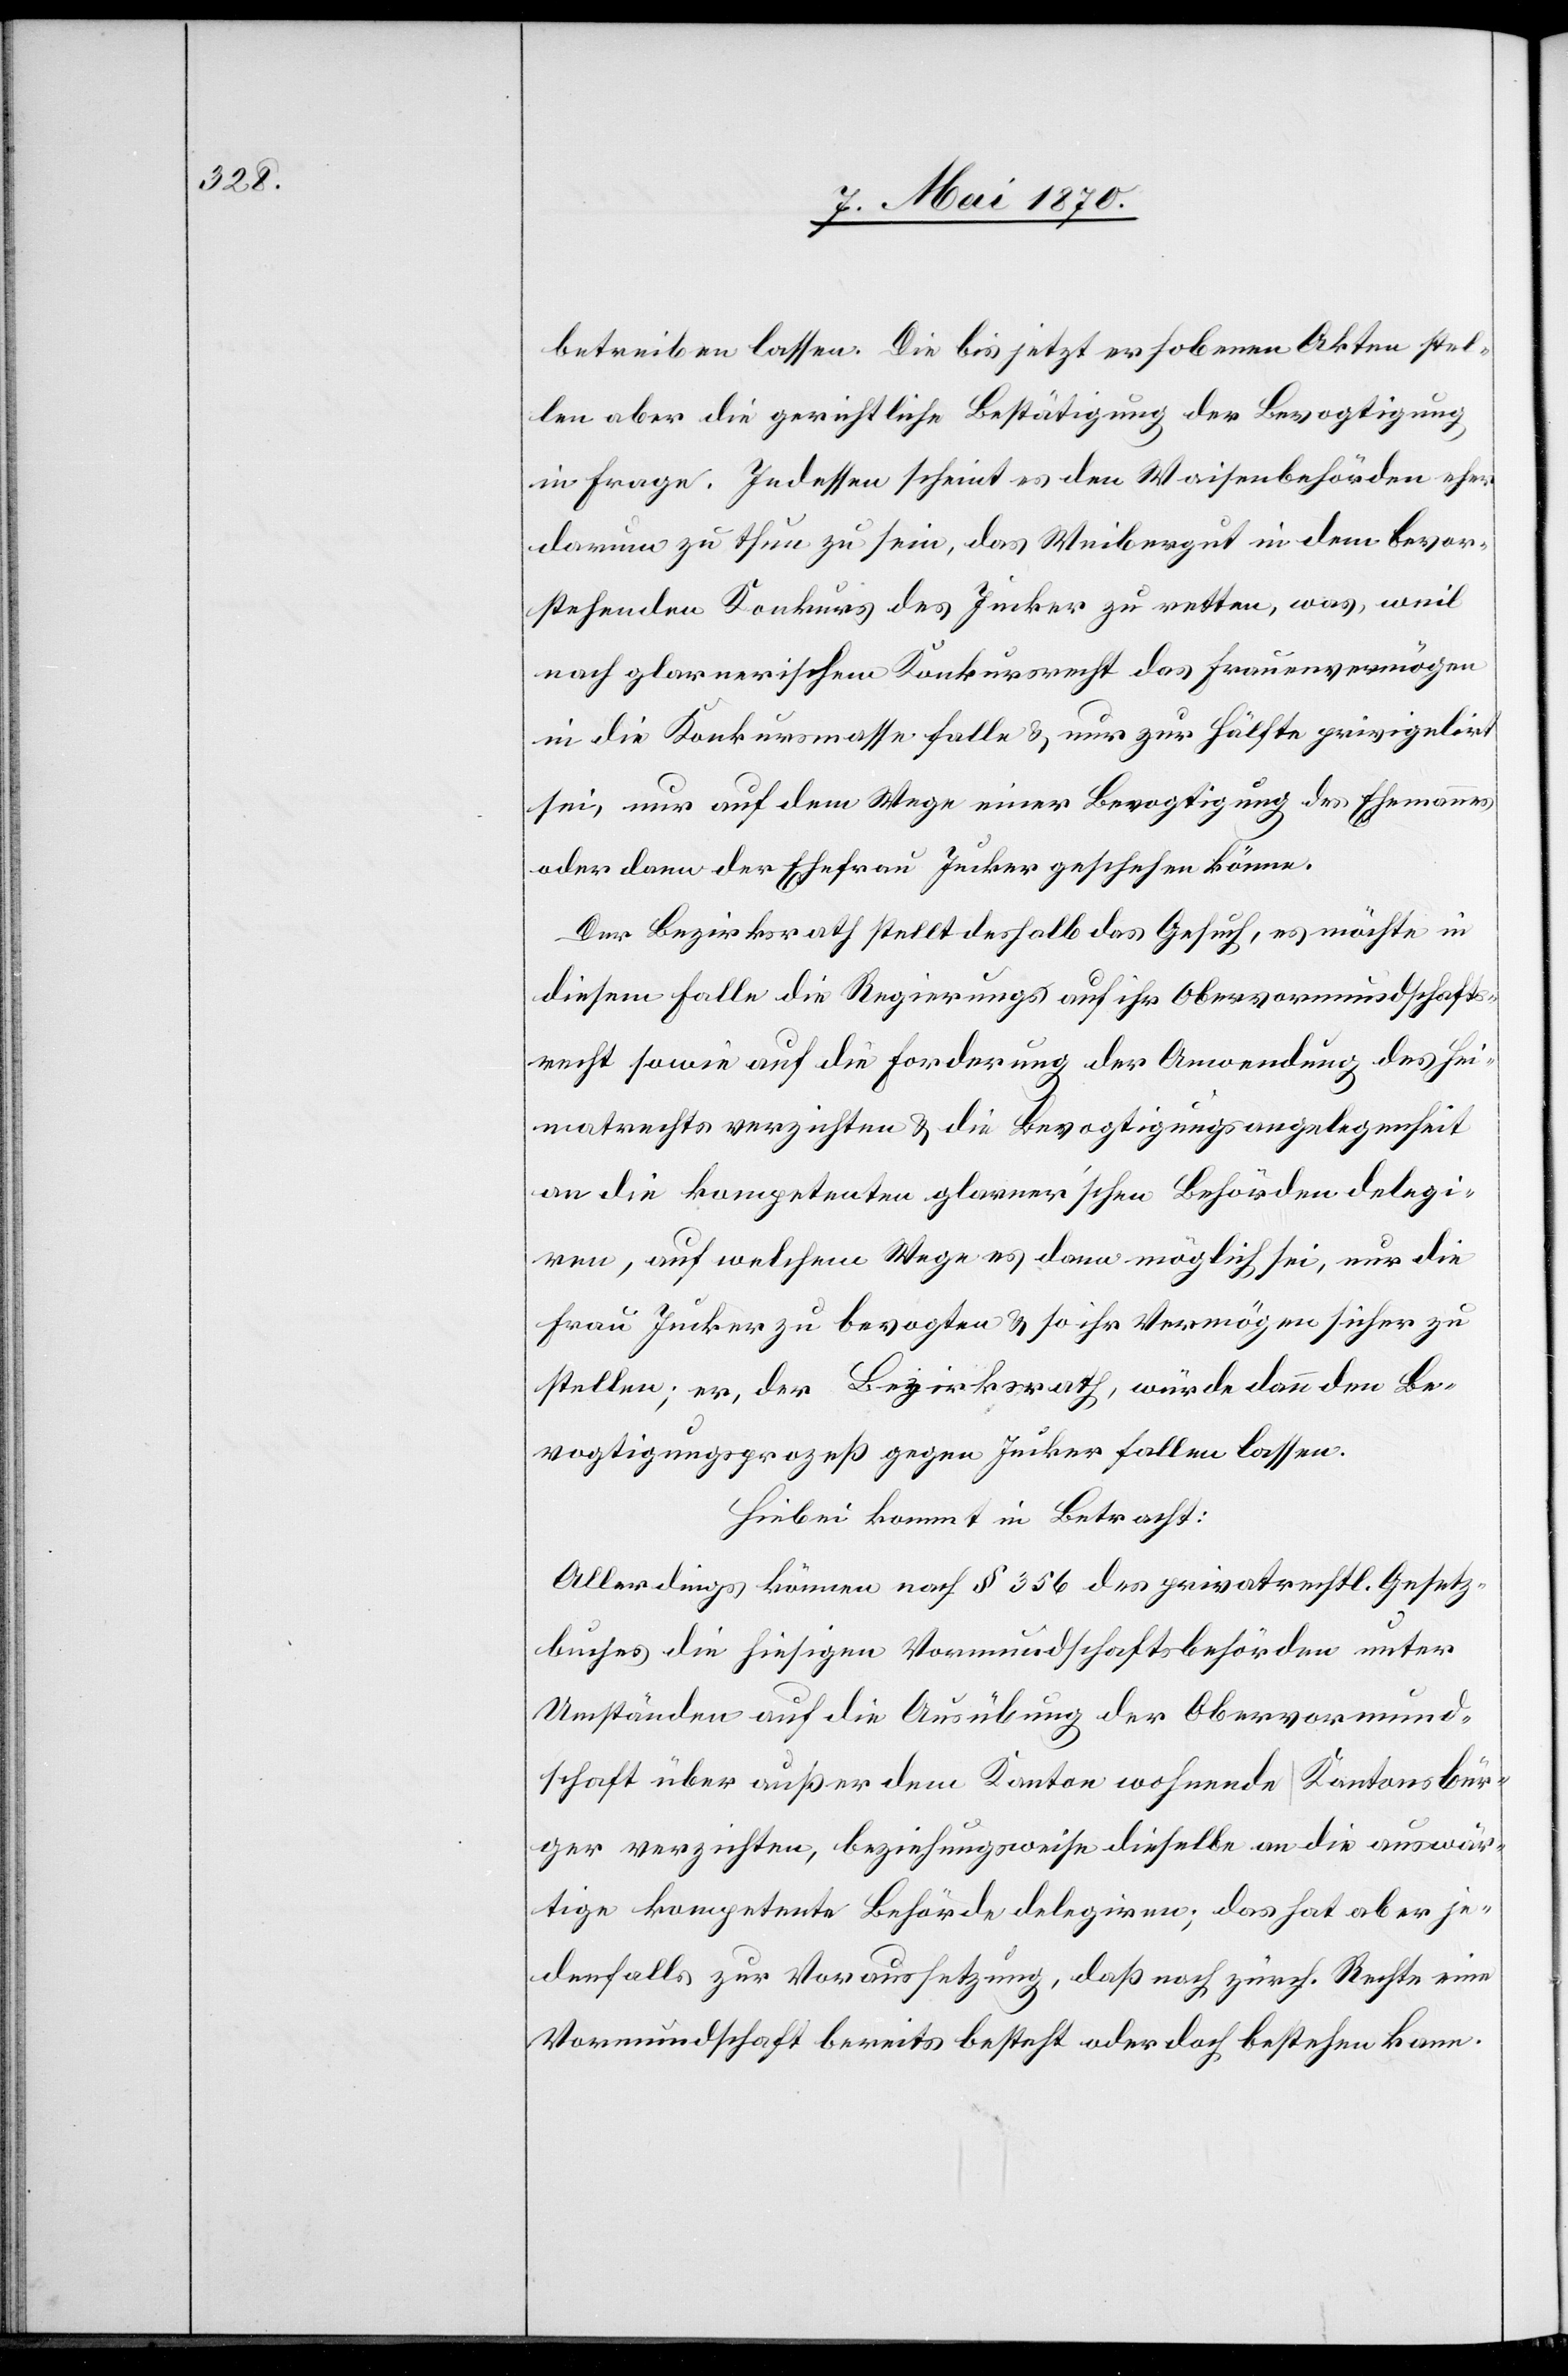
betreiben lassen. Die bis jetzt erhobenen Akten stel¬
len aber die gerichtliche Bestätigung der Bevogtigung
in Frage. Indessen scheint es den Waisenbehörden eher
darum zu thun zu sein, das Weibergut in dem bevor¬
stehenden Konkurs des Jucker zu retten, was weil
nach glarnerischem Konkursrecht das Frauenvermögen
in die Konkursmasse falle & nur zur Hälfte privigelirt
sei, nur auf dem Wege einer Bevogtigung des Ehemannes
oder dann der Ehefrau Jucker geschehen könne.
Der Bezirksrath stellt deshalb das Gesuch, es möchte in
diesem Falle die Regierung auf ihr Obervormundschafts¬
recht sowie auf die Forderung der Anwendung des Hei¬
matrechts verzichten & die Bevogtigungsangelegenheit
an die kompetenten glarner’schen Behörden delegi¬
ren, auf welchem Wege es dann möglich sei, nur die
Frau Jucker zu bevogten & so ihr Vermögen sicher zu
stellen; er, der Bezirksrath, würde dann den Be¬
vogtigungsprozeß gegen Jucker fallen lassen.
Hiebei kommt in Betracht:
Allerdings können nach § 356 des privatrechtl. Gesetz¬
buches die hiesigen Vormundschaftsbehörden unter
Umständen auf die Ausübung der Obervormund¬
schaft über außer dem Kanton wohnende Kantonsbür¬
ger verzichten, beziehungsweise dieselbe an die auswär¬
tige kompetente Behörde delegiren; das hat aber je¬
denfalls zur Voraussetzung, daß nach zürch. Rechte eine
Vormundschaft bereits besteht oder doch bestehen kann.